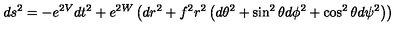
d s ^ { 2 } = - e ^ { 2 V } d t ^ { 2 } + e ^ { 2 W } \left( d r ^ { 2 } + f ^ { 2 } r ^ { 2 } \left( d \theta ^ { 2 } + \sin ^ { 2 } \theta d \phi ^ { 2 } + \cos ^ { 2 } \theta d \psi ^ { 2 } \right) \right)